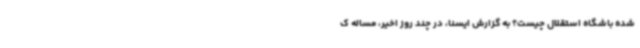
شده باشگاه استقلال چیست؟ به گزارش ایسنا، در چند روز اخیر، مساله ک